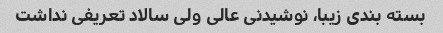
بسته بندی زیبا، نوشیدنی عالی ولی سالاد تعریفی نداشت